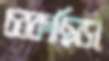
চরকাছিড়া